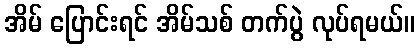
အိမ် ပြောင်းရင် အိမ်သစ် တက်ပွဲ လုပ်ရမယ်။